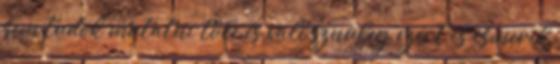
sem tudok mutatni tőle és valósznüleg ezért is ismerik